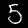
Label: 5